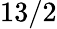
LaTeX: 13/2